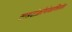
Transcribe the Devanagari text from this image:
साइटोक्रोमोआक्सिडेज़